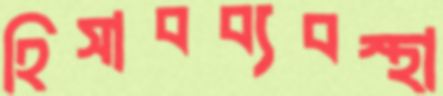
হিসাবব্যবস্থা